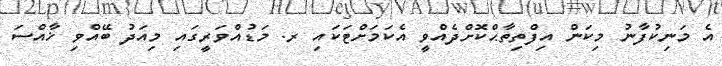
އެ މަނިކުފާނު މިކަން އިފްތިތާޙްކޮށްދެއްވީ އެކަމަށްޓަކައި ރ. މަޑުއްވަރީގައި މިއަދު ބޭއްވި ޚާއްސަ